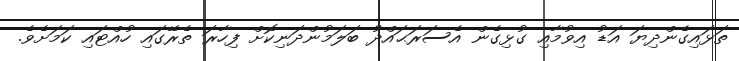
ތަޅައިގެންދިޔަ އަޑު އިވުމާއި ގުޅިގެން އެސަރަޙައްދު ބަލަމުންދަނިކޮށް ފިހާރަ ތެރޭގައި ހުއްޓައި ކަަމަށެވެ.